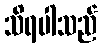
သိရပါသည်